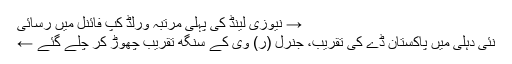
→ نیوزی لینڈ کی پہلی مرتبہ ورلڈ کپ فائنل میں رسائی
نئی دہلی میں پاکستان ڈے کی تقریب، جنرل (ر) وی کے سنگھ تقریب چھوڑ کر چلے گئے ←